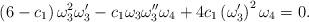
LaTeX: \begin{align*}\left( 6-c_{1}\right) \omega _{3}^{2}\omega _{3}^{\prime }-c_{1}\omega_{3}\omega _{3}^{\prime \prime }\omega _{4}+4c_{1}\left( \omega _{3}^{\prime}\right) ^{2}\omega _{4}=0. \end{align*}